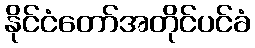
နိုင်ငံတော်အတိုင်ပင်ခံ